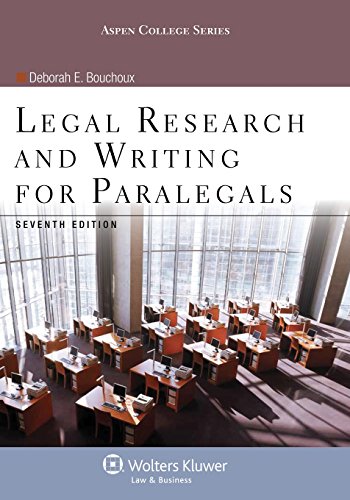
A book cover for Legal Research & Writing for Paralegals Seventh Edition (Aspen College); Deborah E Bouchoux; Law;